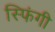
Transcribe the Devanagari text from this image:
स्फिंगी